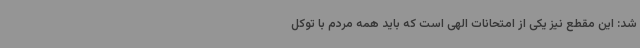
شد: این مقطع نیز یکی از امتحانات الهی است که باید همه مردم با توکل